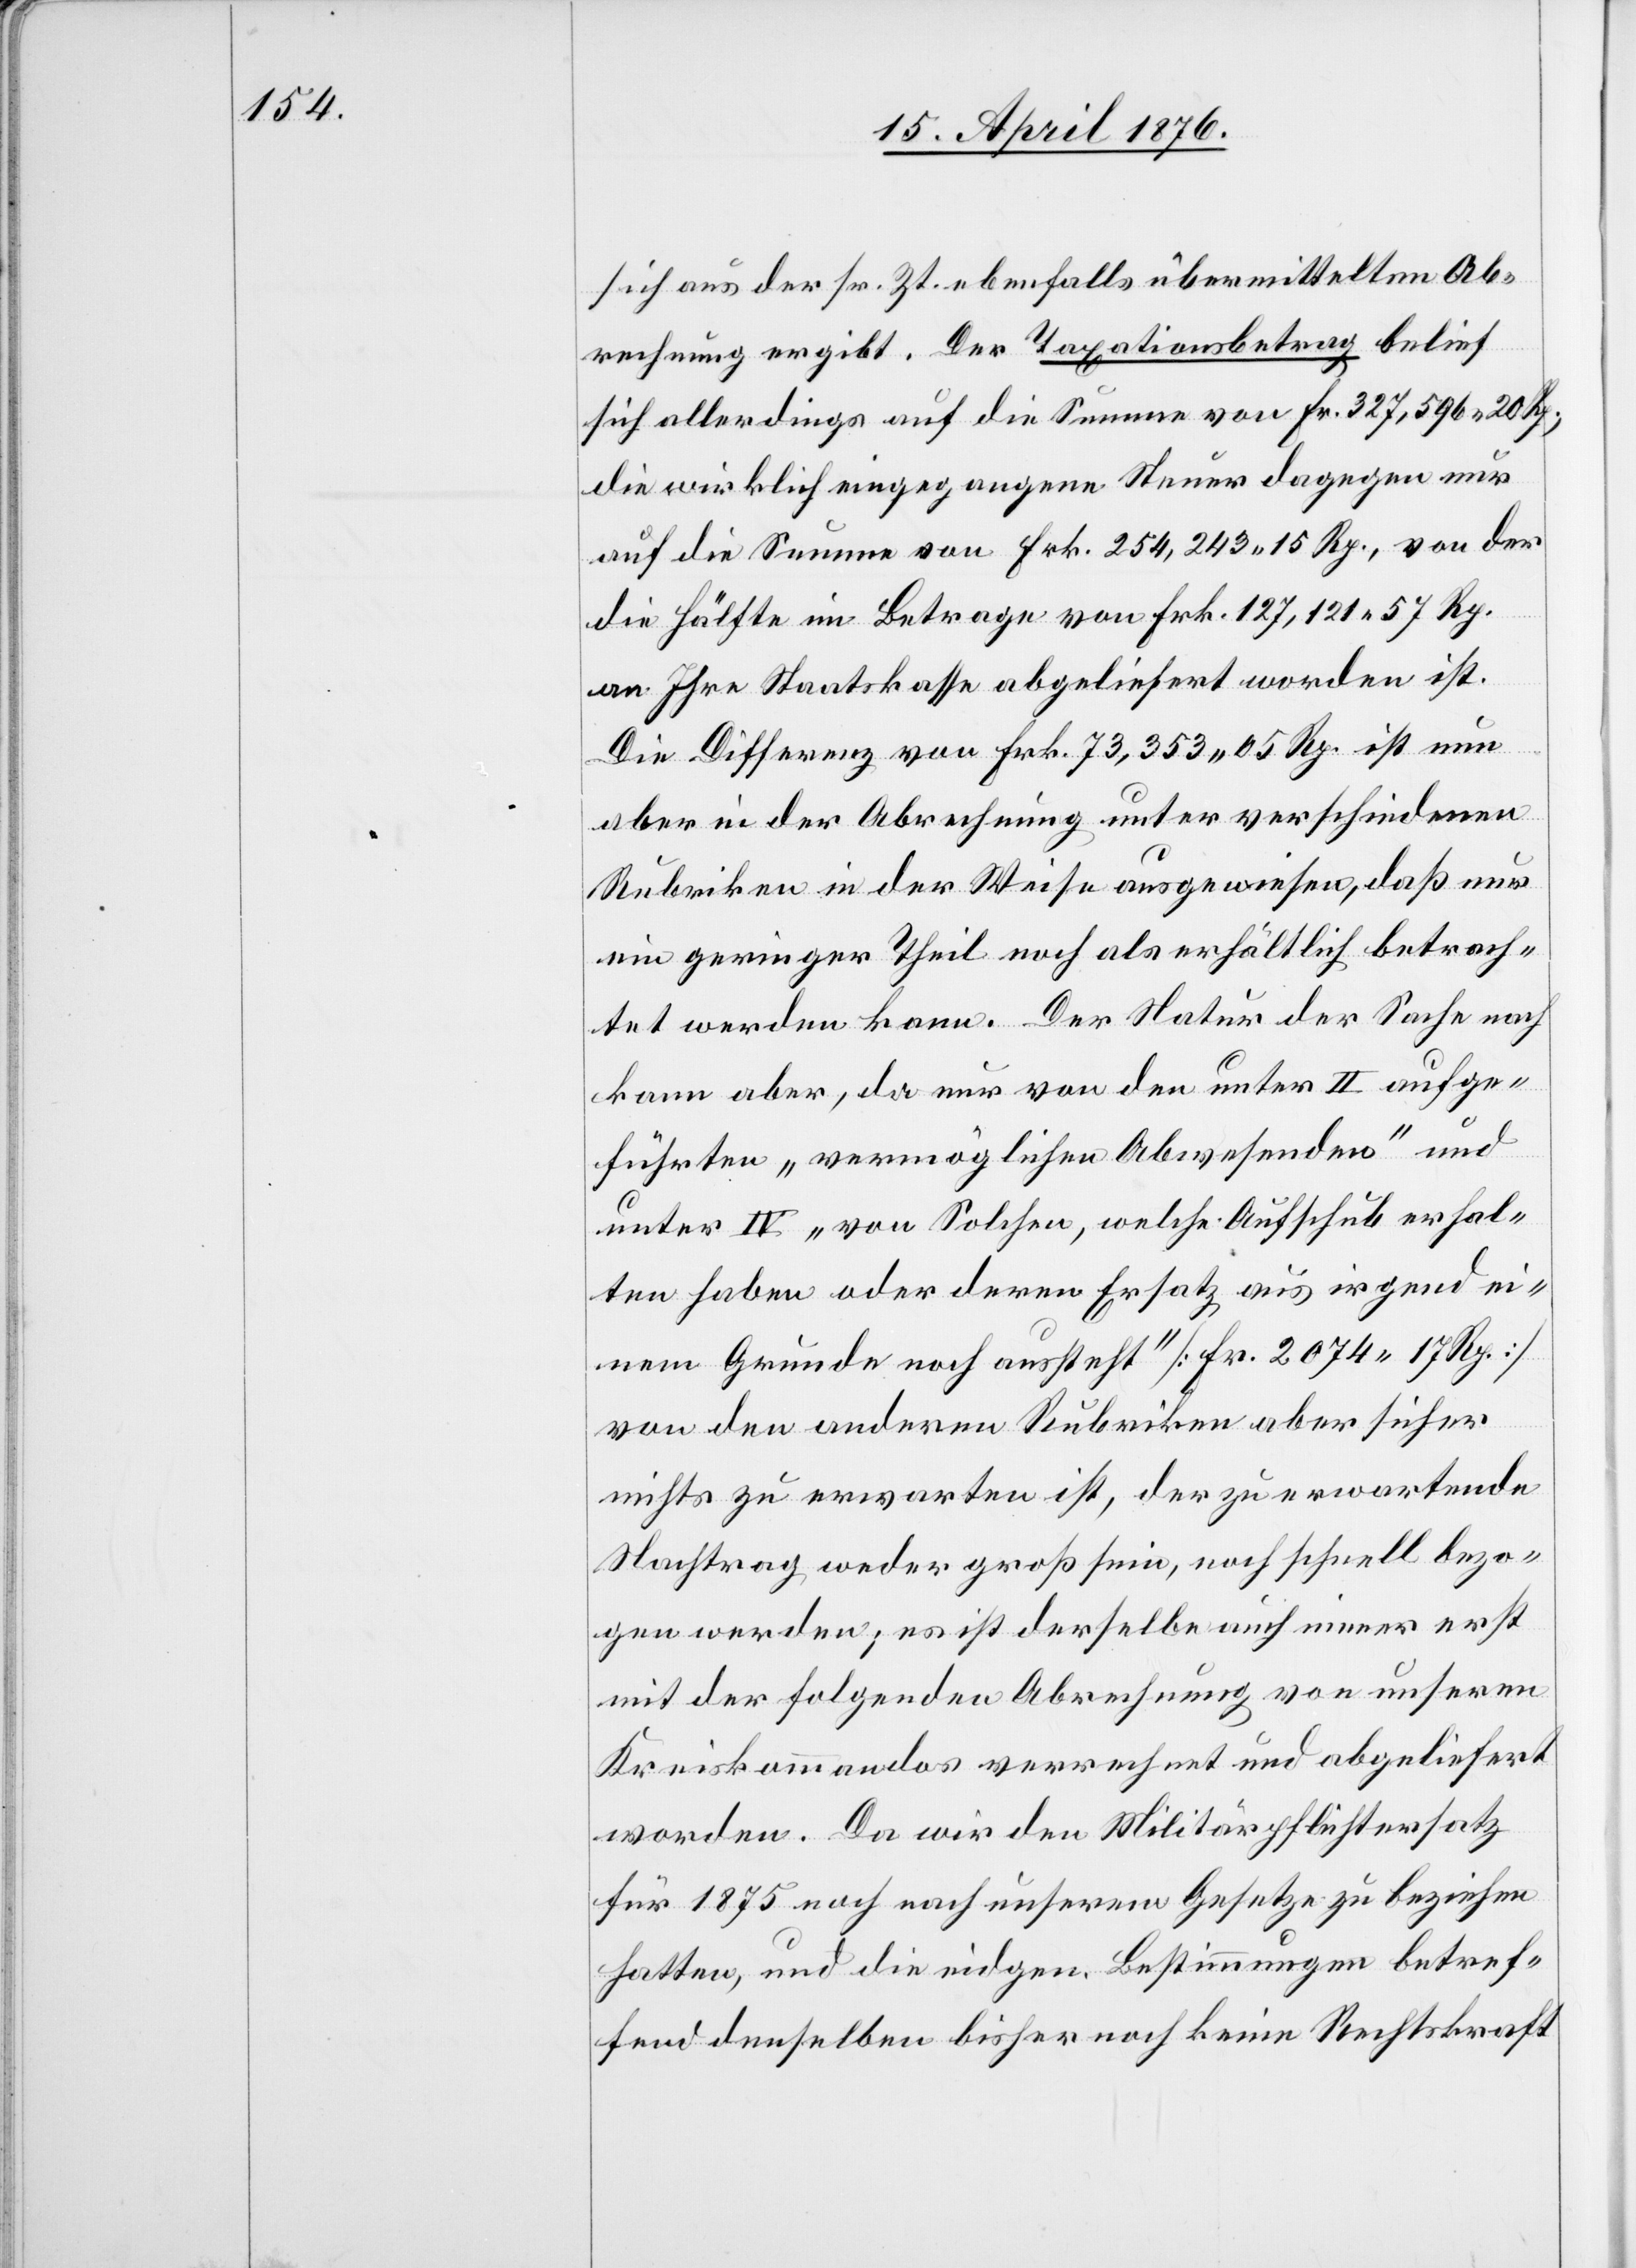
sich aus der sr. Zt. ebenfalls übermittelten Ab¬
rechnung ergibt. Der Taxationsbetrag belief
sich allerdings auf die Summe von Fr. 327,596 20 Rp.,
die wirklich eingegangene Steuer dagegen nur
auf die Summe von Frk. 254,243 15 Rp., von der
die Hälfte im Betrage von Frk. 127,121 57 Rp.
an Ihre Staatskasse abgeliefert worden ist.
Die Differenz von Frk. 73,353 05 Rp. ist nun
aber in der Abrechnung unter verschiedenen
Rubriken in der Weise ausgewiesen, daß nur
ein geringer Theil noch als erhältlich betrach¬
tet werden kann. Der Natur der Sache nach
kann aber, da nur von den unter II aufge¬
führten „vermöglichen Abwesenden“ und
unter IV „von Solchen, welche Aufschub erhal¬
ten haben oder deren Ersatz aus irgend ei¬
nem Grunde noch aussteht“ [Fr. 2074 17 Rp.]
von den anderen Rubriken aber sicher
nichts zu erwarten ist, der zu erwartende
Nachtrag weder groß sein, noch schnell bezo¬
gen werden; es ist derselbe auch einer erst
mit der folgenden Abrechnung von unseren
Kreiskommandos verrechnet und abgeliefert
worden. Da wir den Militärpflichtersatz
für 1875 noch nach unserem Gesetze zu beziehen
hatten, und die eidgen. Bestimmungen betref¬
fend denselben bisher noch keine Rechtskraft